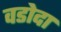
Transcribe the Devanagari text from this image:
वडोदा